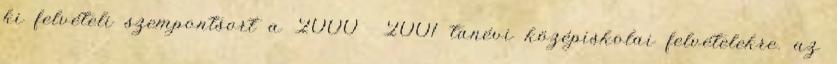
ki felvételi szempontsort a 2000 2001 tanévi középiskolai felvételekre. az